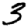
Digit: 3